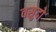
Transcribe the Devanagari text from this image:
वसुदो